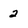
Character: 2